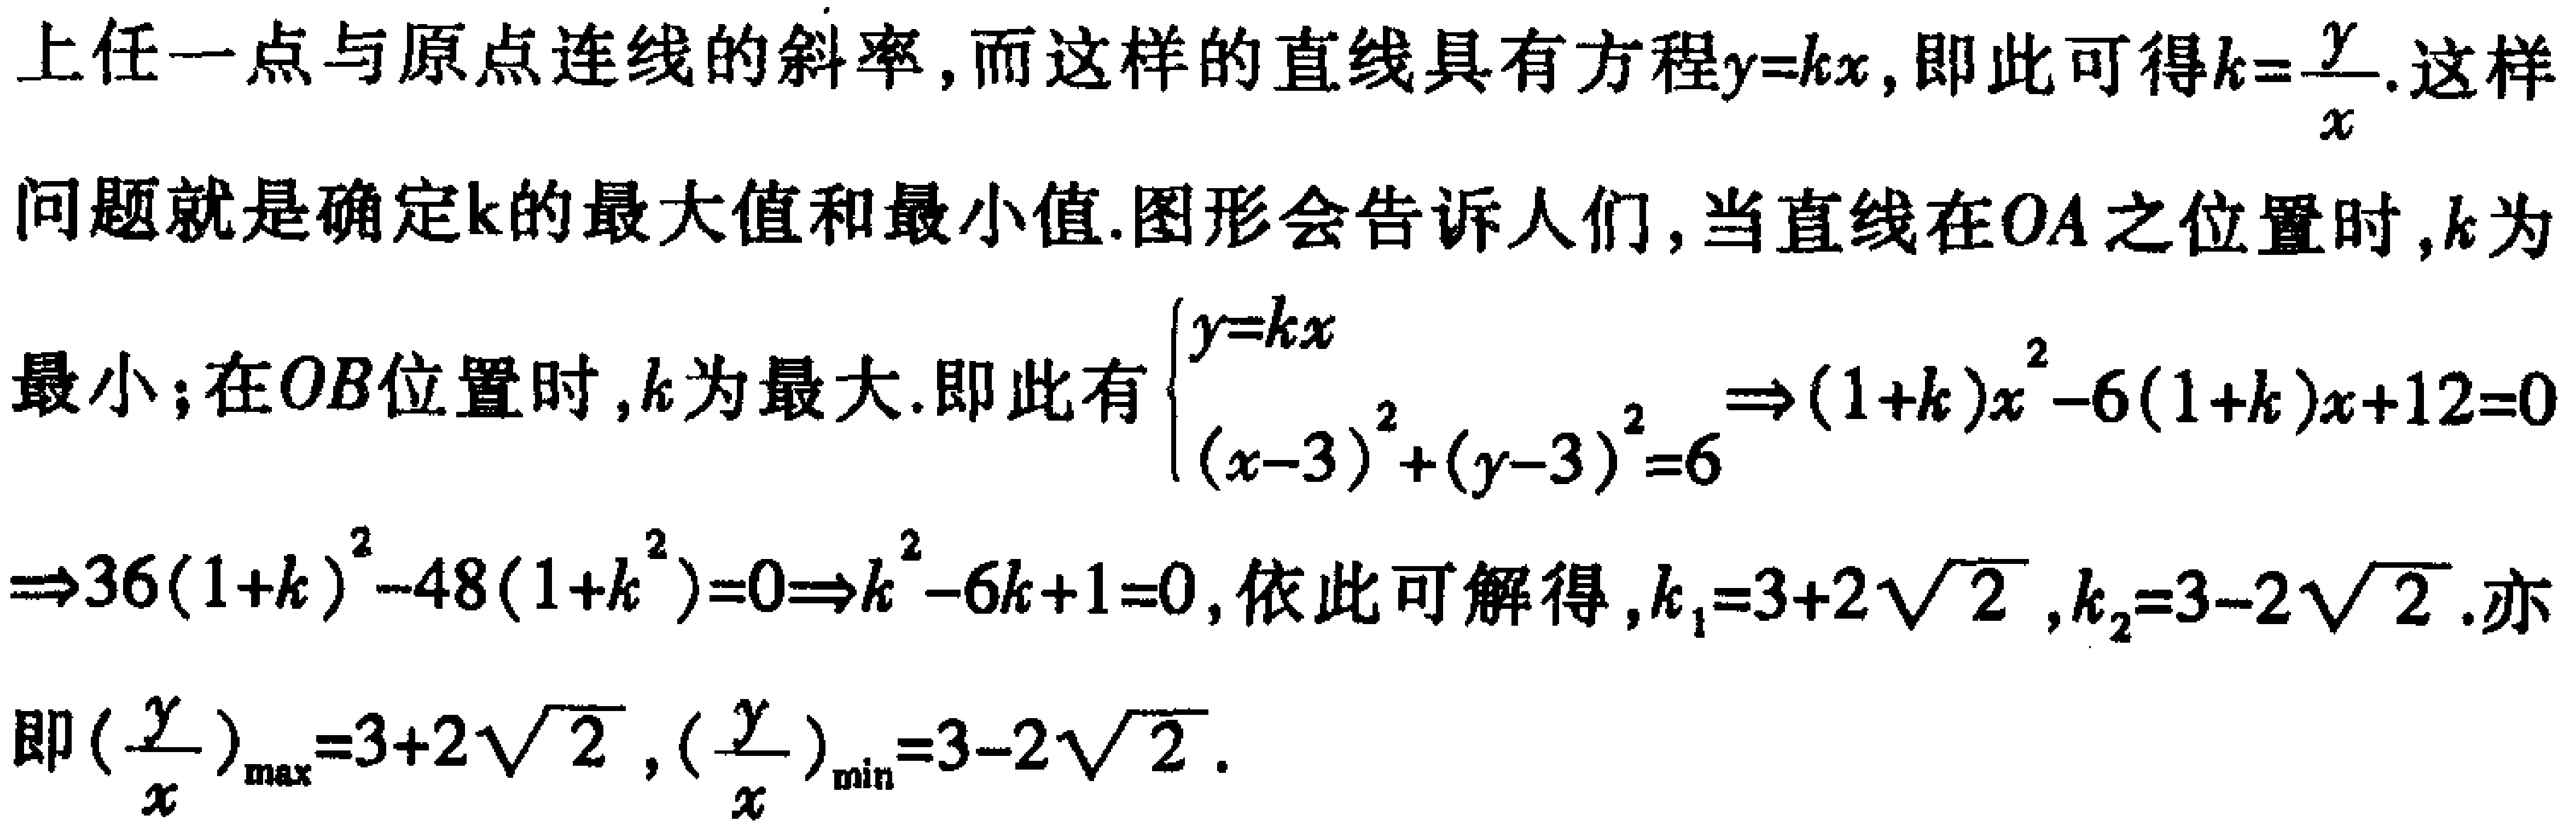
上任一点与原点连线的斜率, 而这样的直线具有方程\(y = kx\), 即此可得\(k=\frac{y}{x}\). 这样问题就是确定\(k\)的最大值和最小值. 图形会告诉人们, 当直线在\(OA\)之位置时,\(k\)为最小; 在\(OB\)位置时,\(k\)为最大. 即此有\(\begin{cases}y = kx\\(x - 3)^2+(y - 3)^2 = 6\end{cases}\Rightarrow(1 + k)x^2-6(1 + k)x + 12 = 0\Rightarrow36(1 + k)^2-48(1 + k^2)=0\Rightarrow k^2-6k + 1 = 0\), 依此可解得,\(k_1 = 3 + 2\sqrt{2}\),\(k_2 = 3 - 2\sqrt{2}\). 亦即\((\frac{y}{x})_{\max}=3 + 2\sqrt{2}\),\((\frac{y}{x})_{\min}=3 - 2\sqrt{2}\).